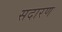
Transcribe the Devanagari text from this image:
सदारण